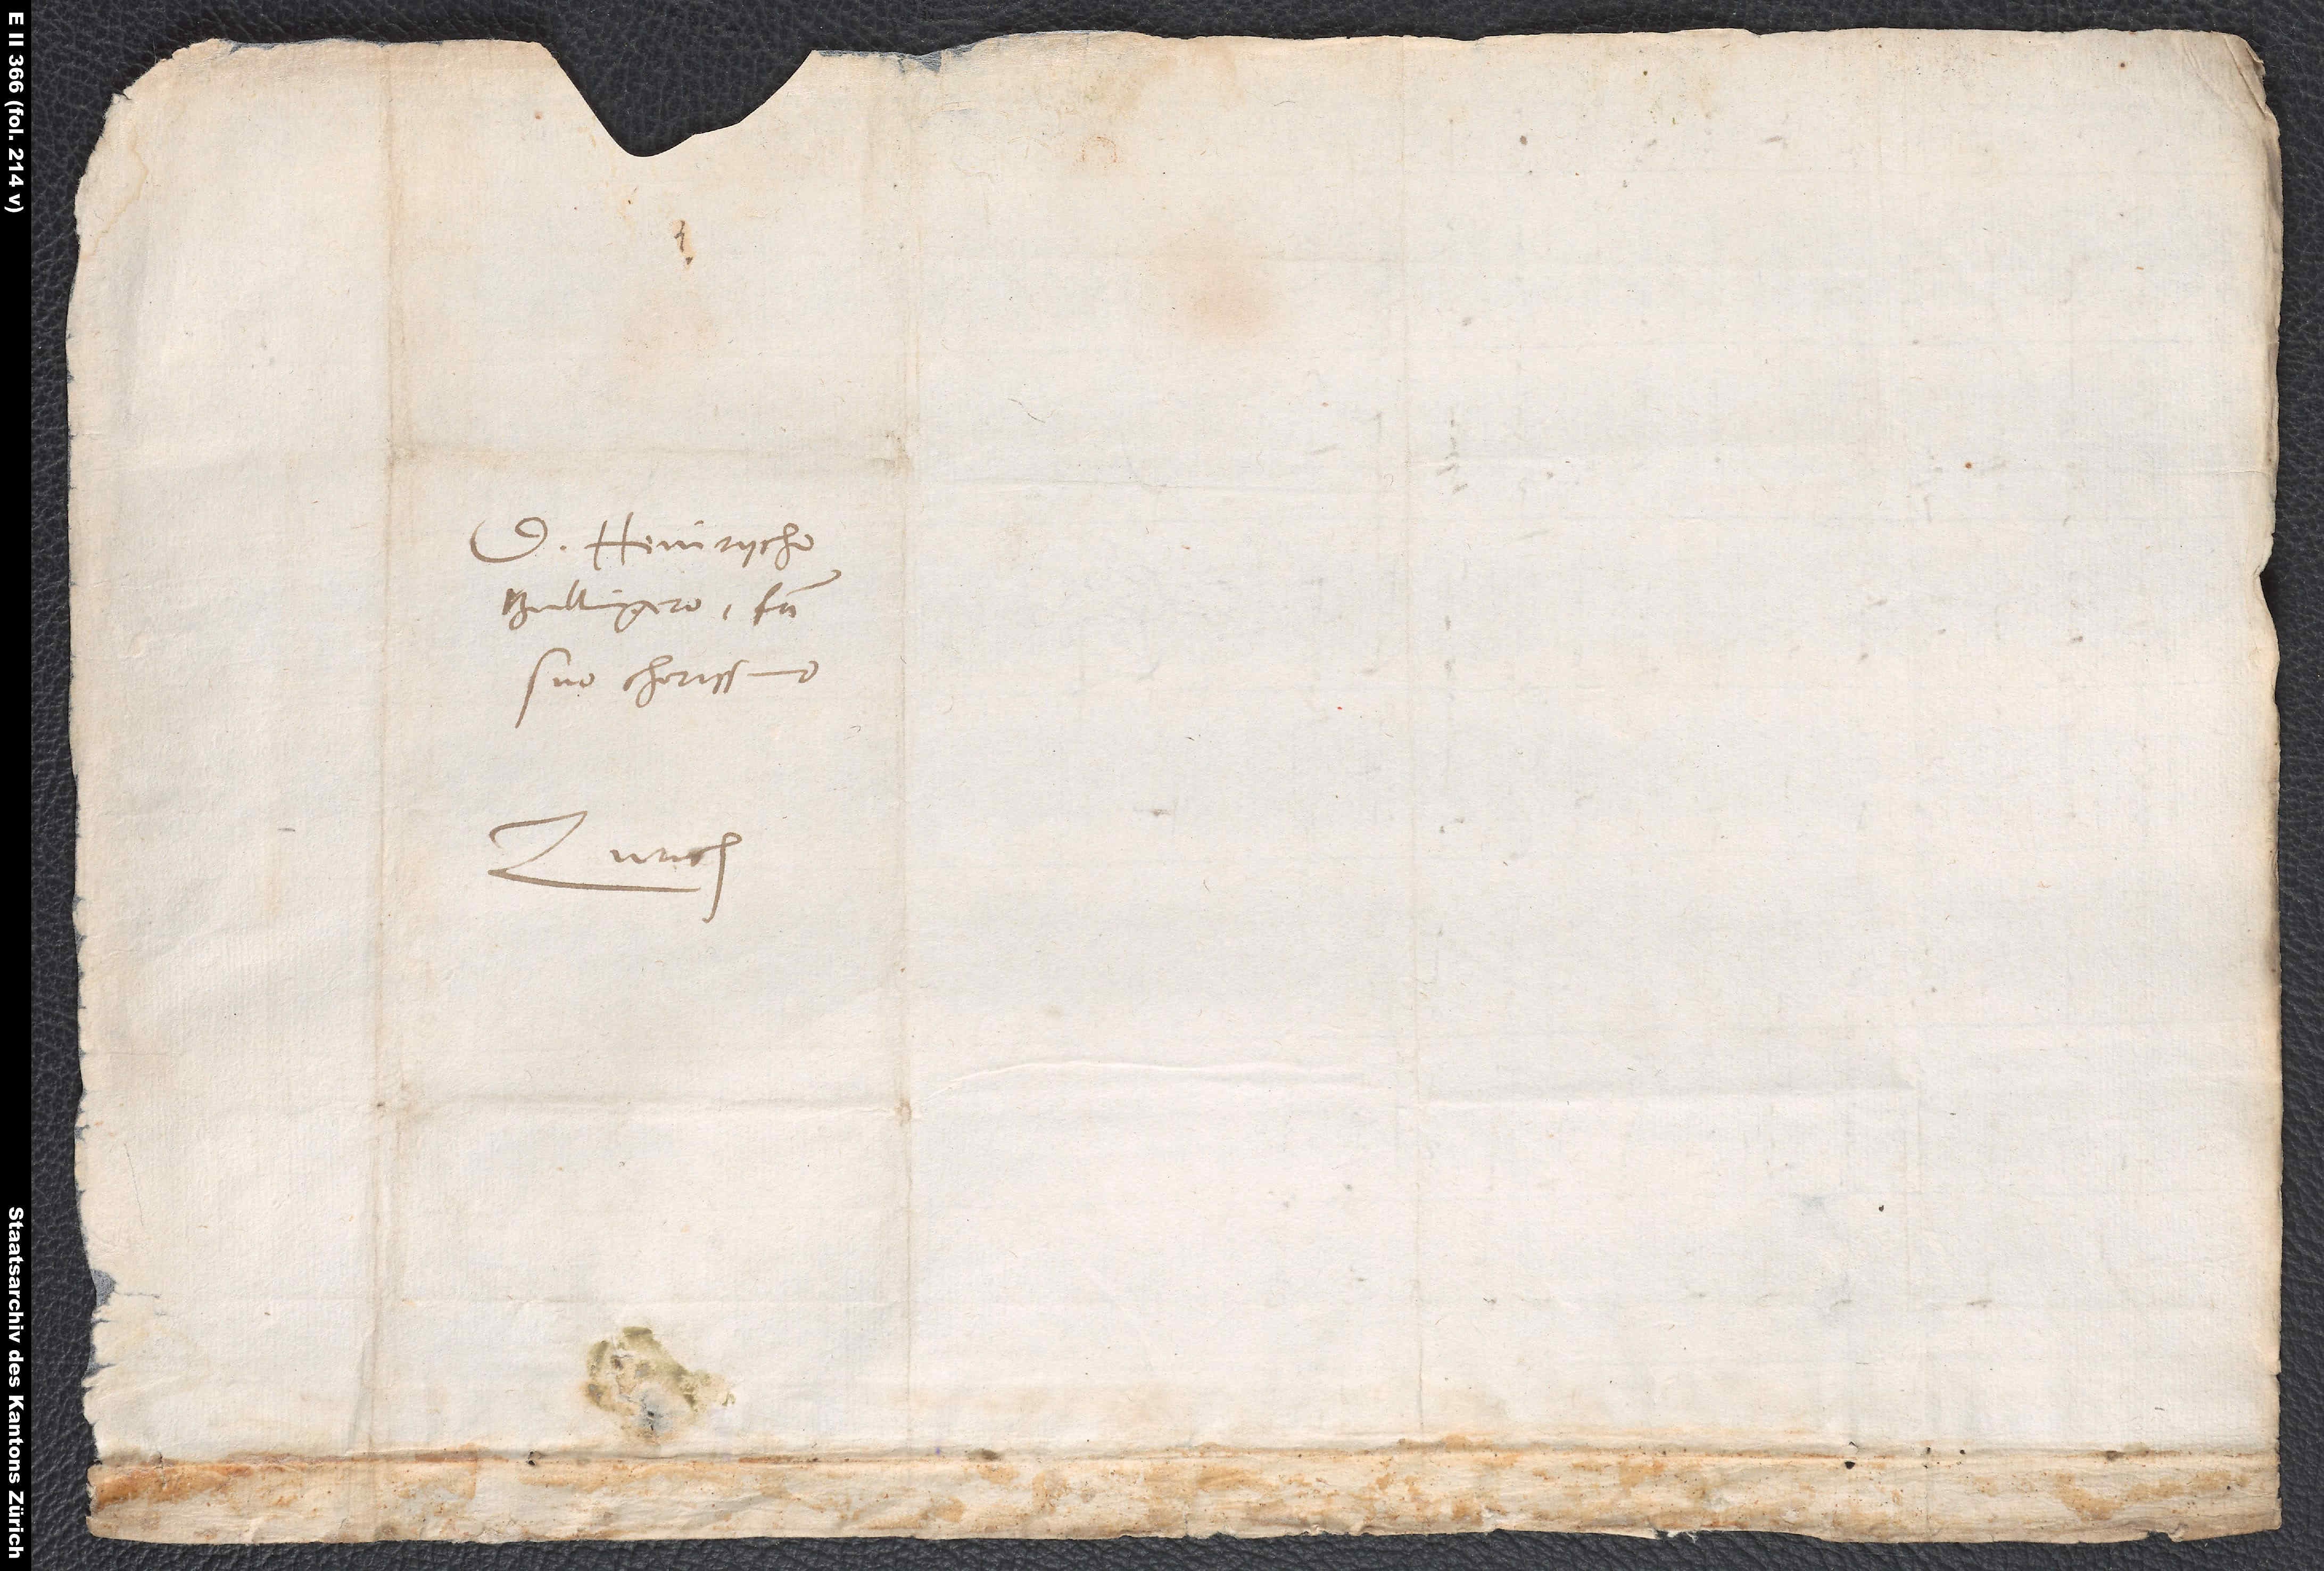
Bullingero, fratri
suo charissimo.
Zurich.